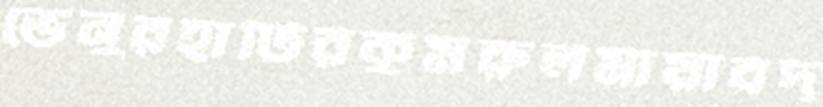
ভেনুরহাটিরকুমরুলমায়াবদ্